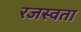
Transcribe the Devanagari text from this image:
रजस्वता